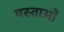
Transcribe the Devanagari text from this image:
मस्ताओं